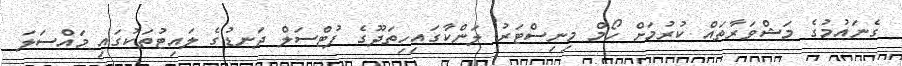
ގެނައުމުގެ މަޝްވަރާތައް ކުރުމަށް ހޯމް މިނިސްޓަރު ލަންކާގައިހިތަދޫގެ ފުޓްސަލް ދަނޑުގެ ލައިޓުތަކުގައި މައްސަލަ